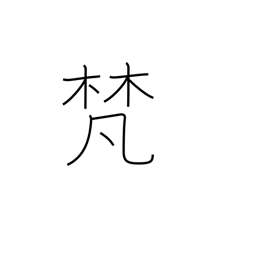
Meaning: Buddhist